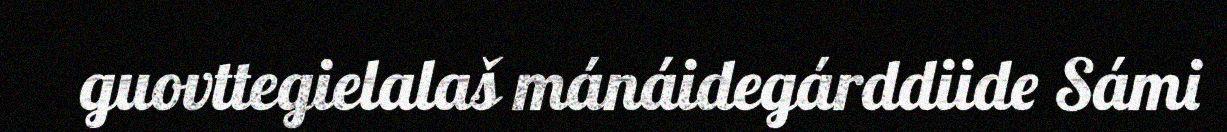
guovttegielalaš mánáidegárddiide Sámi